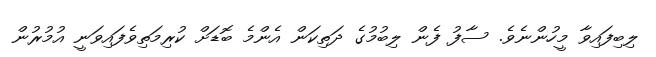
ލިބިފައިވާ މީހުންނެވެ. ސާފު ފެން ލިބުމުގެ ދަތިކަން އެންމެ ބޮޑަށް ކުރިމަތިވެފައިވަނީ އުމުރުން